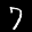
Label: 7